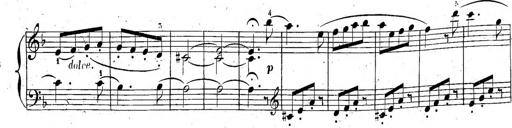
Title: 6 Sonatinen, Op.95
Composer: Ferdinand Hiller
Key: Various